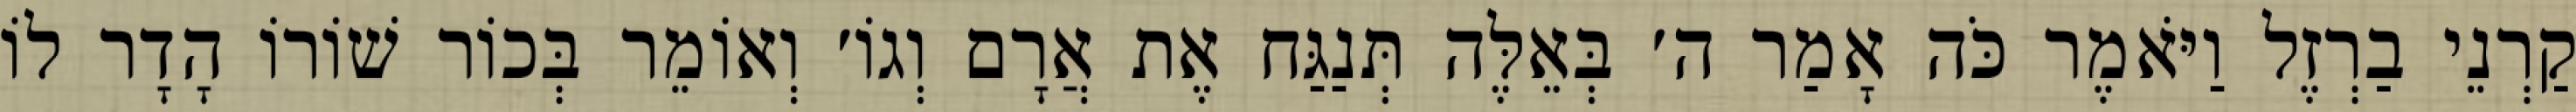
קַרְנֵי בַרְזֶל וַיֹּאמֶר כֹּה אָמַר ה׳ בְּאֵלֶּה תְּנַגַּח אֶת אֲרָם וְגוֹ׳ וְאוֹמֵר בְּכוֹר שׁוֹרוֹ הָדָר לוֹ